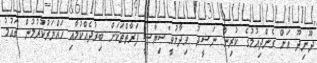
ދޫނިދޫ އަށް ގެންދިއުމުގެ ކުރިން ނަޝީދު ވިދާޅުވީ"ސިޔާސީ ފަރާތްތަކަށް ބިރުދެއްކުމާއި ހައްޔަރުކުރުމުން ގައުމު